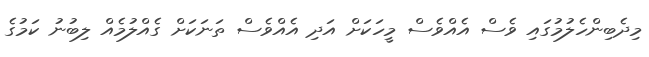
މިދެބިންހެލުމުގައި ވެސް އެއްވެސް މީހަކަށް އަދި އެއްވެސް ތަނަކަށް ގެއްލުމެއް ލިބުނު ކަމުގެ